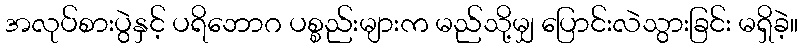
အလုပ်စားပွဲနှင့် ပရိဘောဂ ပစ္စည်းများက မည်သို့မျှ ပြောင်းလဲသွားခြင်း မရှိခဲ့။